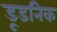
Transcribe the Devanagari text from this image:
डूडनिक